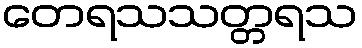
တေရသသတ္တရသ